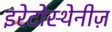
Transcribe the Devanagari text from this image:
इरेटोस्थेनीज़